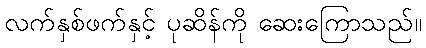
လက်နှစ်ဖက်နှင့် ပုဆိန်ကို ဆေးကြောသည်။